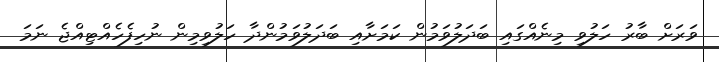
ވަރަށް ބާރު ހަލުވި މިނެއްގައި ބަދަލުވަމުން ކަމަށާއި ބަދަލުވަމުންދާ ހަލުވިމިން ނުހިފެހެއްޓިއްޖެ ނަމަ